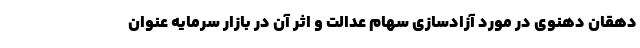
دهقان دهنوی در مورد آزادسازی سهام عدالت و اثر آن در بازار سرمایه عنوان